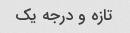
تازه و درجه یک